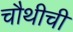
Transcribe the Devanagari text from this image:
चौथीची